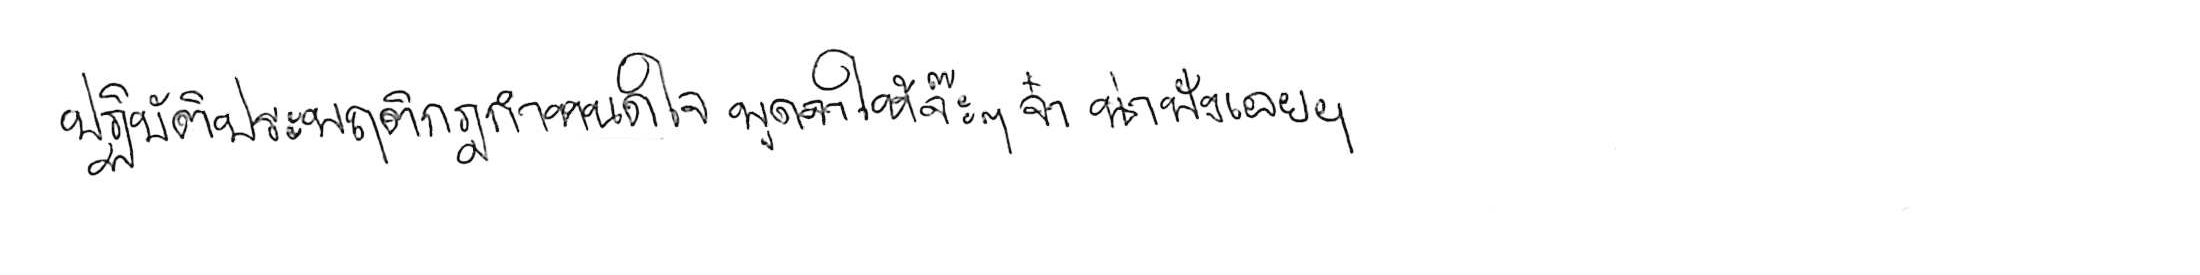
ปฏิบัติประพฤติกฎกำหนดใจ พูดจาให้จ๊ะๆ จ๋า น่าฟังเอยฯ